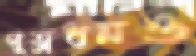
পুত্রধনও